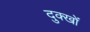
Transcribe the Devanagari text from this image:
दुक्खों